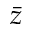
\bar { z }